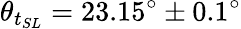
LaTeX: \theta_{t_{SL}}=23.15^{\circ}\pm 0.1^{\circ}